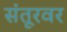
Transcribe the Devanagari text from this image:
संतूरवर